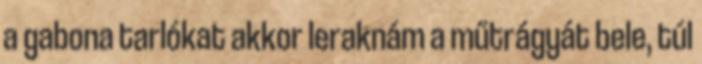
a gabona tarlókat akkor leraknám a műtrágyát bele, túl